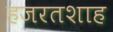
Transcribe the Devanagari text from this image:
हजरतशाह